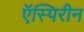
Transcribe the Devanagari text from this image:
ऍस्पिरीन